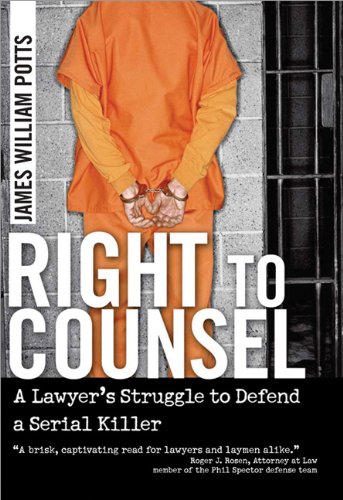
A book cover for Right to Counsel: A Lawyer's Struggle to Defend a Serial Killer; James William Potts; Law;